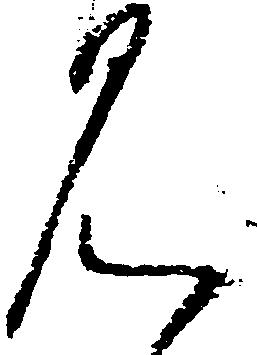
見